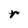
Character: r